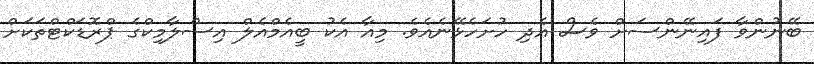
ބޭނުންވާ ފައިނޭންސަށް ވެސް އެދި ހުށަހެޅޭނެއެވެ. މިއާ އެކު ބީއެމްއެލް އިސްލާމިކްގެ ޕްރޮޑަކްޓްތަކަށް